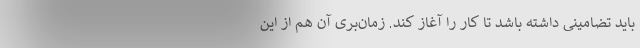
باید تضامینی داشته باشد تا کار را آغاز کند. زمان‌بری آن هم از این